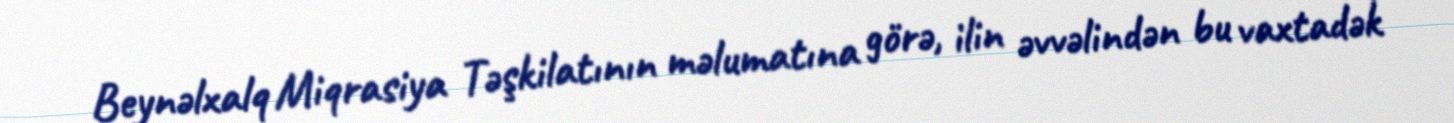
Beynəlxalq Miqrasiya Təşkilatının məlumatına görə, ilin əvvəlindən bu vaxtadək